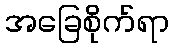
အခြေစိုက်ရာ